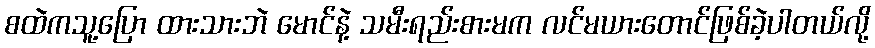
စထဲကသူ့ပြော ထားသားဘဲ မောင်နဲ့ သမီးရည်းစားမက လင်မယားတောင်ဖြစ်ခဲ့ပါတယ်လို့